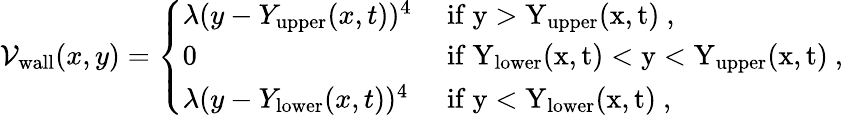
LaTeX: \begin{array}{r}{\mathcal{V}_{\mathrm{wall}}(x,y)=\left\{ \begin{array}{ll}{\lambda(y-Y_{\mathrm{upper}}(x,t))^{4}}&{\mathrm{~if~y>Y_\mathrm{upper}(x,t)~,}}\\ {0}&{\mathrm{~if~Y_\mathrm{lower}(x,t)<y<Y_\mathrm{upper}(x,t)~,}}\\ {\lambda(y-Y_{\mathrm{lower}}(x,t))^{4}}&{\mathrm{~if~y<Y_\mathrm{lower}(x,t)~},}\end{array}\right.}\end{array}